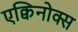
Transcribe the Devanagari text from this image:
एक्विनोक्स